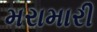
મરામારી